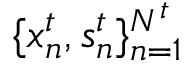
\{ x _ { n } ^ { t } , s _ { n } ^ { t } \} _ { n = 1 } ^ { N ^ { t } }